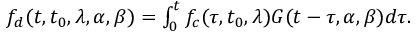
\begin{array} { r } { f _ { d } ( t , t _ { 0 } , \lambda , \alpha , \beta ) = { \int _ { 0 } ^ { t } f _ { c } ( \tau , t _ { 0 } , \lambda ) G ( t - \tau , \alpha , \beta ) } d \tau . } \end{array}